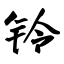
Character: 铃